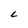
Character: L